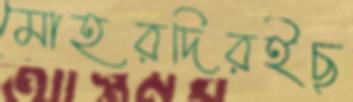
মোহরদিরইছু